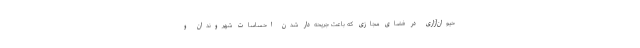
حیوان‌آزاری در فضای مجازی که باعث جریحه‌دار شدن احساسات شهروندان و